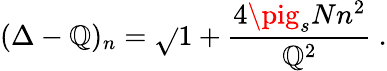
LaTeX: (\Delta-\mathbb{Q})_{n}=\sqrt{}{{1+\frac{{4\pig_{s}Nn^{2}}}{{\mathbb{Q}^{2}}}}}~.